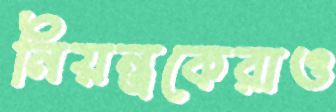
নিয়ন্ত্রকেরাও